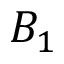
B _ { 1 }